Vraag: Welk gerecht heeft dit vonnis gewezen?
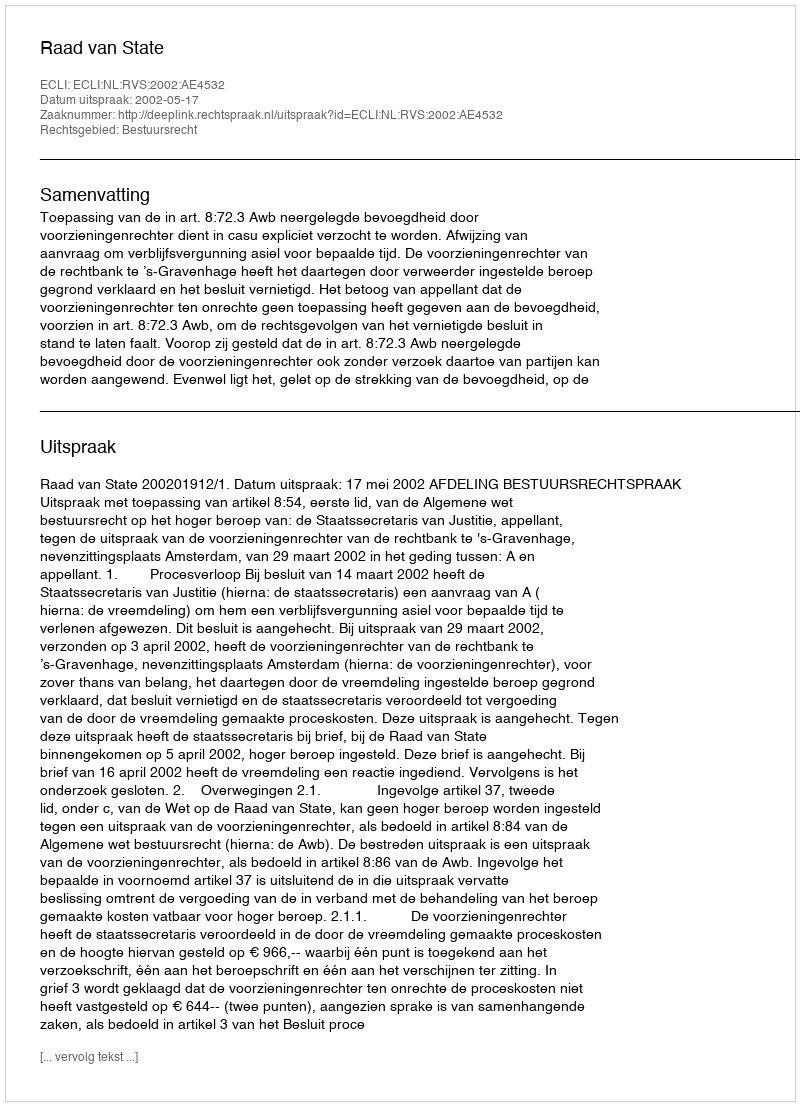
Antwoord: Raad van State